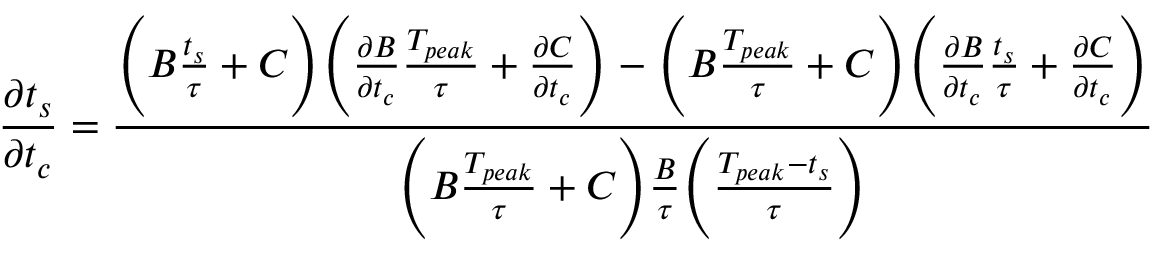
\frac { \partial t _ { s } } { \partial t _ { c } } = \frac { \Bigg ( B \frac { t _ { s } } { \tau } + C \Bigg ) \Bigg ( \frac { \partial B } { \partial t _ { c } } \frac { T _ { p e a k } } { \tau } + \frac { \partial C } { \partial t _ { c } } \Bigg ) - \Bigg ( B \frac { T _ { p e a k } } { \tau } + C \Bigg ) \Bigg ( \frac { \partial B } { \partial t _ { c } } \frac { t _ { s } } { \tau } + \frac { \partial C } { \partial t _ { c } } \Bigg ) } { \Bigg ( B \frac { T _ { p e a k } } { \tau } + C \Bigg ) \frac { B } { \tau } \Bigg ( \frac { T _ { p e a k } - t _ { s } } { \tau } \Bigg ) }